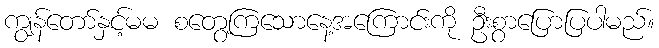
ကျွန်တော်နှင့်မမ စတွေ့ကြသောနေ့အကြောင်းကို ဦးစွာပြောပြပါမည်။